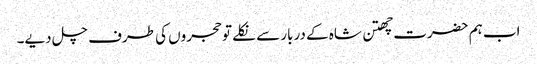
اب ہم حضرت چھتن شاہ کے دربار سے نکلے تو حجروں کی طرف چل دیے۔